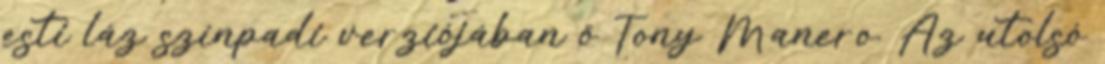
esti láz színpadi verziójában ő Tony Manero. Az utolsó